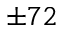
\pm 7 2